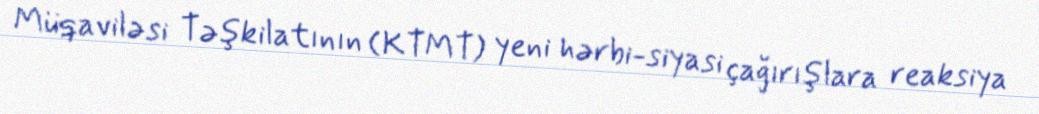
Müqaviləsi Təşkilatının (KTMT) yeni hərbi-siyasi çağırışlara reaksiya